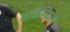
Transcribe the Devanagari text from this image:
साहित्यिकाची